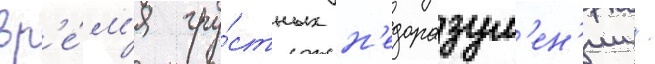
вр'е́м'я гру́стных н'едоразум'ен'ии /